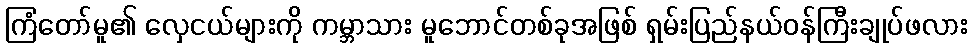
ကြံတော်မူ၏ လှေငယ်များကို ကမ္ဘာသား မူဘောင်တစ်ခုအဖြစ် ရှမ်းပြည်နယ်ဝန်ကြီးချုပ်ဖလား